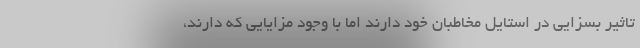
تاثیر بسزایی در استایل مخاطبان خود دارند اما با وجود مزایایی که دارند،